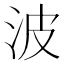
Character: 波